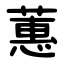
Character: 蕙